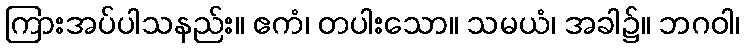
ကြားအပ်ပါသနည်း။ ဧကံ၊ တပါးသော။ သမယံ၊ အခါ၌။ ဘဂဝါ၊